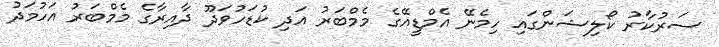
ސަރުކާރު ކޯލިޝަންގައި ހިމެނޭ އެމްޑީއޭގެ މެމްބަރު އަދި ކުޑަހުވަދޫ ދާއިރާގެ މެމްބަރު އަހުމަދު